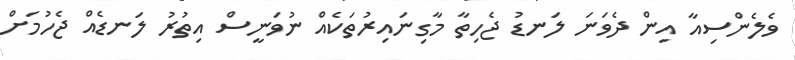
ވެލެންސިއާ އިން ދެވަނަ ލަނޑު ޖެހިތާ މާގިނައިރުތަކެއް ނުވަނީސް އިތުރު ލަނޑެއް ޖެހުމަށް